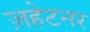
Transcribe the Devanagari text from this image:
ज़हेटनर